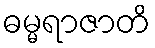
ဓမ္မရာဇာတိ